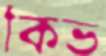
কিভ